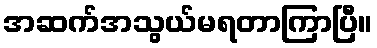
အဆက်အသွယ်မရတာကြာပြီ။